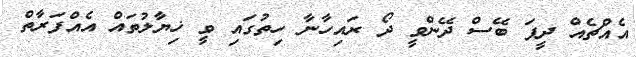
އެއްޗެއް ދީފަ ބޭސް ދޭންވީ ދޯ ރައިހާނާ ހިތުގައި ވީ ޚިޔާލުތައް އެއްފަރާތް